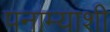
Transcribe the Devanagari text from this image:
पनाम्याशी